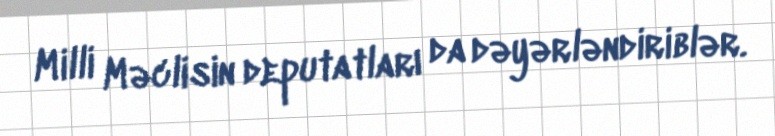
Milli Məclisin deputatları da dəyərləndiriblər.